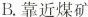
B. 靠近煤矿